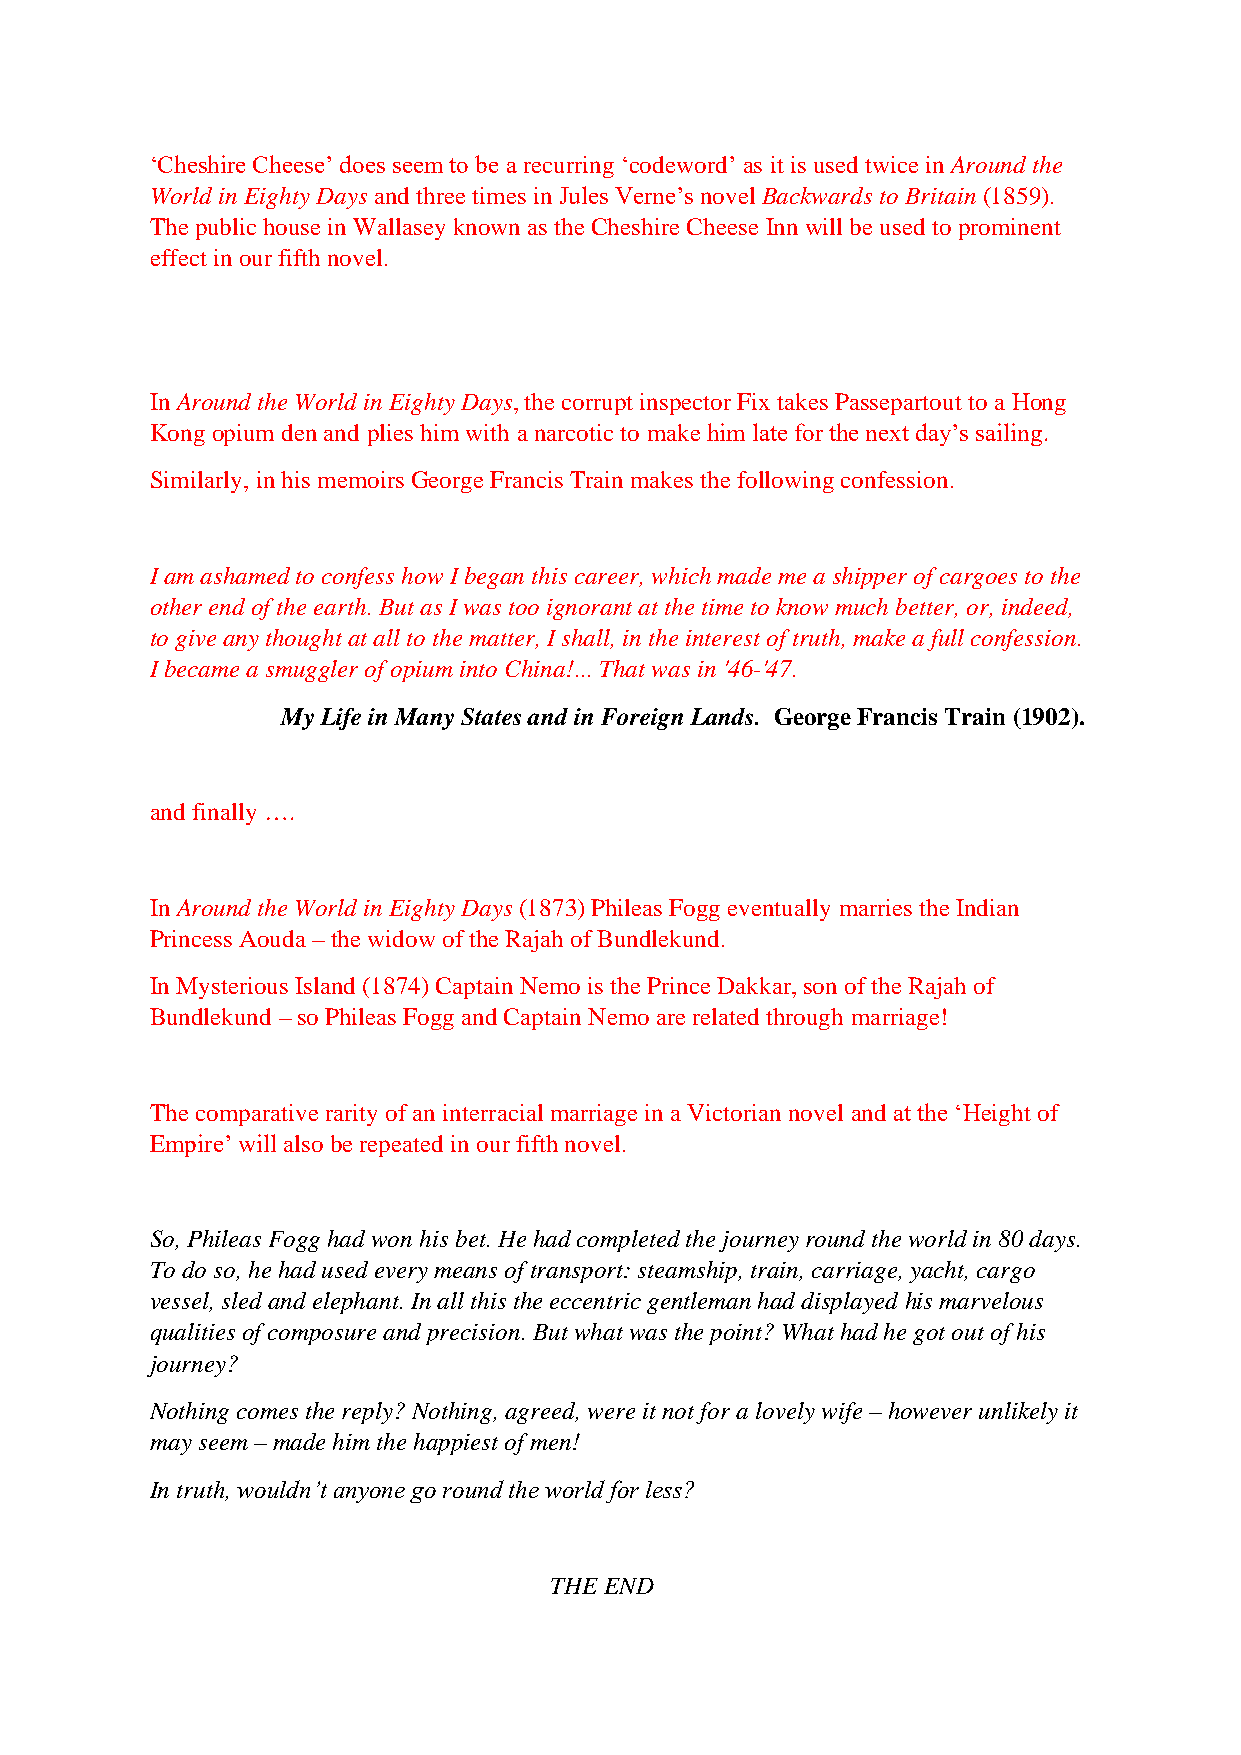
‘Cheshire Cheese’ does seem to be a recurring ‘codeword’ as it is used twice in Around the
 World in Eighty Days and three times in Jules Verne’s novel Backwards to Britain (1859).
 The public house in Wallasey known as the Cheshire Cheese Inn will be used to prominent
 effect in our fifth novel.
 In Around the World in Eighty Days, the corrupt inspector Fix takes Passepartout to a Hong
 Kong opium den and plies him with a narcotic to make him late for the next day’s sailing.
 Similarly, in his memoirs George Francis Train makes the following confession.
 I am ashamed to confess how I began this career, which made me a shipper of cargoes to the
 other end of the earth. But as I was too ignorant at the time to know much better, or, indeed,
 to give any thought at all to the matter, I shall, in the interest of truth, make a full confession.
 I became a smuggler of opium into China!... That was in '46-'47.
 My Life in Many States and in Foreign Lands. George Francis Train (1902).
 and finally ….
 In Around the World in Eighty Days (1873) Phileas Fogg eventually marries the Indian
 Princess Aouda – the widow of the Rajah of Bundlekund.
 In Mysterious Island (1874) Captain Nemo is the Prince Dakkar, son of the Rajah of
 Bundlekund – so Phileas Fogg and Captain Nemo are related through marriage!
 The comparative rarity of an interracial marriage in a Victorian novel and at the ‘Height of
 Empire’ will also be repeated in our fifth novel.
 So, Phileas Fogg had won his bet. He had completed the journey round the world in 80 days.
 To do so, he had used every means of transport: steamship, train, carriage, yacht, cargo
 vessel, sled and elephant. In all this the eccentric gentleman had displayed his marvelous
 qualities of composure and precision. But what was the point? What had he got out of his
 journey?
 Nothing comes the reply? Nothing, agreed, were it not for a lovely wife – however unlikely it
 may seem – made him the happiest of men!
 In truth, wouldn’t anyone go round the world for less?
 THE END